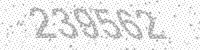
Solution: 239562